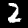
Label: 2